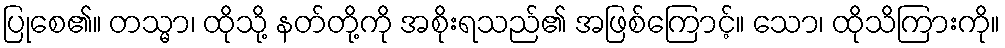
ပြုစေ၏။ တသ္မာ၊ ထိုသို့ နတ်တို့ကို အစိုးရသည်၏ အဖြစ်ကြောင့်။ သော၊ ထိုသိကြားကို။